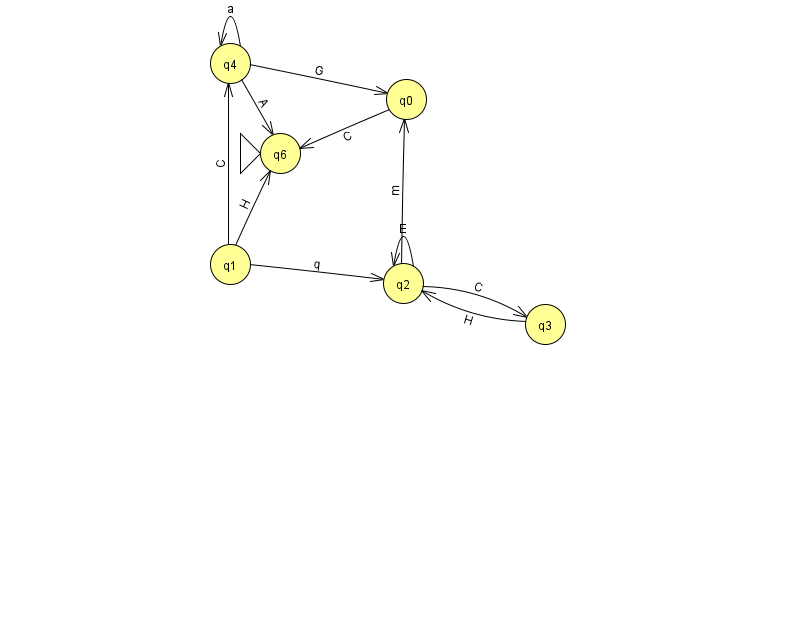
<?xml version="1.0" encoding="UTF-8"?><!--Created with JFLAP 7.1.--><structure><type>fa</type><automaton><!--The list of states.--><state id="0" name="q0"><x>406.0</x><y>86.0</y></state><state id="1" name="q1"><x>230.0</x><y>251.0</y></state><state id="2" name="q2"><x>403.0</x><y>270.0</y></state><state id="3" name="q3"><x>545.0</x><y>311.0</y></state><state id="4" name="q4"><x>230.0</x><y>50.0</y></state><state id="6" name="q6"><x>280.0</x><y>140.0</y><initial/></state><!--The list of transitions.--><transition><from>4</from><to>4</to><read>a</read></transition><transition><from>0</from><to>6</to><read>C</read></transition><transition><from>2</from><to>3</to><read>C</read></transition><transition><from>2</from><to>2</to><read>E</read></transition><transition><from>2</from><to>0</to><read>m</read></transition><transition><from>1</from><to>6</to><read>H</read></transition><transition><from>1</from><to>2</to><read>q</read></transition><transition><from>4</from><to>0</to><read>G</read></transition><transition><from>4</from><to>6</to><read>A</read></transition><transition><from>1</from><to>4</to><read>C</read></transition><transition><from>3</from><to>2</to><read>H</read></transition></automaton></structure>